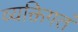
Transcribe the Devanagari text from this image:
व्यक्तिगतं